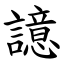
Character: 譩